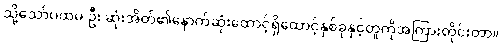
သို့သော်ပထမ ဦး ဆုံးအိတ်၏နောက်ဆုံးထောင့်ရှိထောင့်နှစ်ခုနှင့်တူကိုအကြားတိုင်းတာ။